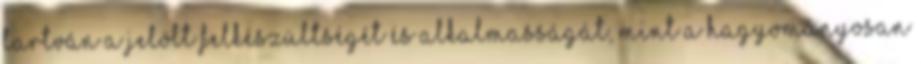
tartván a jelölt felkészültségét és alkalmasságát, mint a hagyományosan